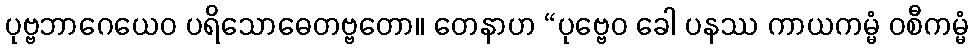
ပုဗ္ဗဘာဂေယေဝ ပရိသောဓေတဗ္ဗတော။ တေနာဟ “ပုဗ္ဗေဝ ခေါ ပနဿ ကာယကမ္မံ ဝစီကမ္မံ